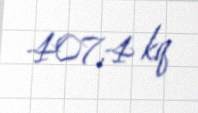
407,4 kq